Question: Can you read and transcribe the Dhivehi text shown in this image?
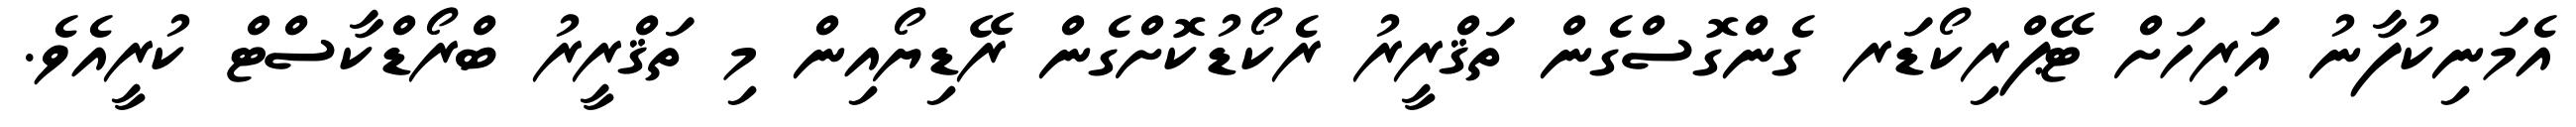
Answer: އެމަނިކުފާނު އަރިހަށް ޓޭޕްރިކޯޑަރ ގެންގޮސްގެން ތަޤްރީރު ރެކޯޑުކޮށްގެން ރޭޑިޔޯއިން މި ތަޤްރީރު ބްރޯޑްކާސްޓް ކުރީއެވެ.